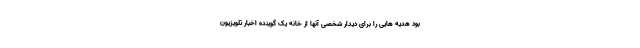
بود هدیه هایی را برای دیدار شخصی آنها از خانه یک گوینده اخبار تلویزیون